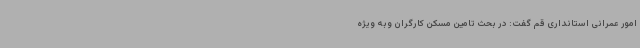
امور عمرانی استانداری قم گفت: در بحث تامین مسکن کارگران وبه ویژه